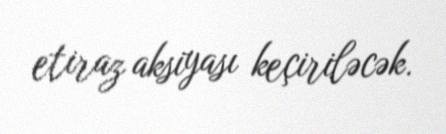
etiraz aksiyası keçiriləcək.